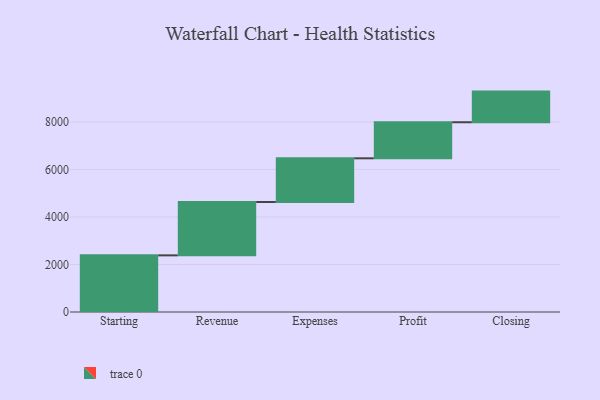
{"axis": {"x": "Step", "y": "Value"}, "legend": [""], "data": [{"x": "Starting", "y": 2384.0, "type": ""}, {"x": "Revenue", "y": 2246.0, "type": ""}, {"x": "Expenses", "y": 1839.0, "type": ""}, {"x": "Profit", "y": 1518.0, "type": ""}, {"x": "Closing", "y": 1290.0, "type": ""}]}